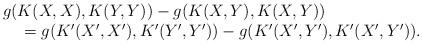
LaTeX: \begin{align*}\begin{array}{rcl}&&g(K(X,X),K(Y,Y))-g(K(X,Y), K(X,Y))\\&&\ \ \ \ =g(K'(X',X'),K'(Y',Y'))-g(K'(X',Y'), K'(X',Y')). \end{array}\end{align*}